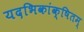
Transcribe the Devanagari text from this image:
यदभिकांक्षितम्